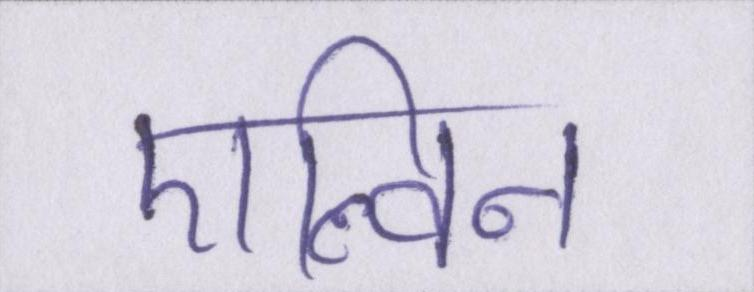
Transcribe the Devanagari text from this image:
एल्विन